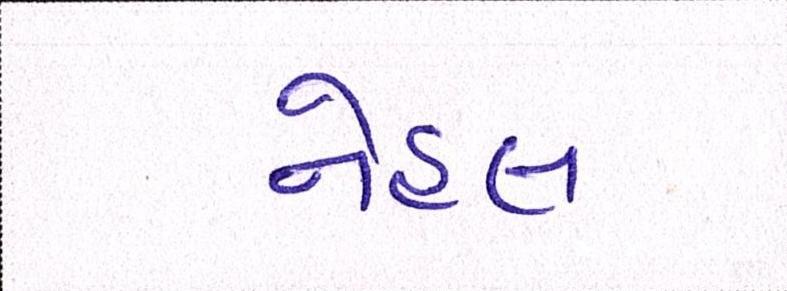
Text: નેહલ